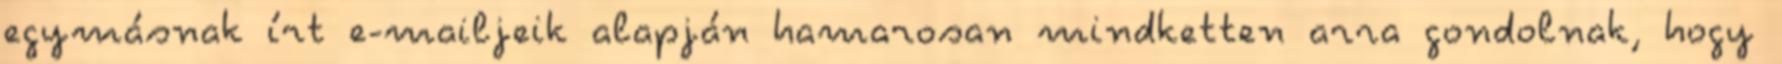
egymásnak írt e-mailjeik alapján hamarosan mindketten arra gondolnak, hogy